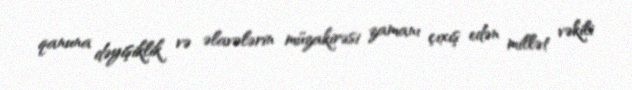
qanuna dəyişiklik və əlavələrin müzakirəsi zamanı çıxış edən millət vəkili